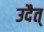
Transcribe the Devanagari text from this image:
उदैत्